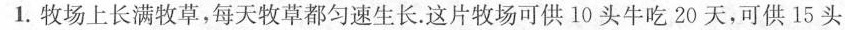
1.牧场上长满牧草，每天牧草都匀速生长. 这片牧场可供10头牛吃20天，可供15头